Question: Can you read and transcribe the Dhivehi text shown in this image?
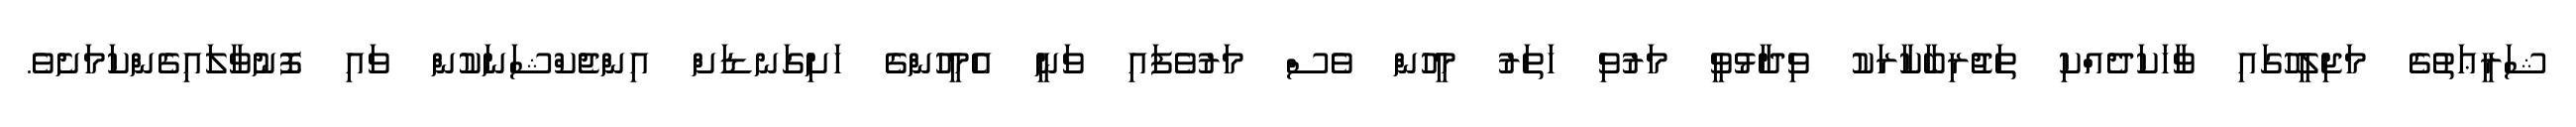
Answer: ޝަރީޢަތުގެ މަޖިލީހުގައި ވާހަކަދެއްކި ތަޖުރިބާކާރަކު ވިދާޅުވީ މަރުވި ހަތަރު މީހުން ވެސް މަރުވެފައި ވަނީ އެމީހުންގެ ހަށިގަނޑަށް އިންޖެކްޝަނަކުން ވައި ފޮނުވާލައިގެންކަމަށެވެ.